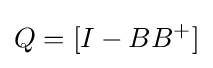
Q=[I-BB^{+}]